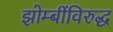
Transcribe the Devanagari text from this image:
झोम्बींविरुद्ध